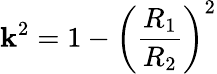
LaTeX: \mathbf{k}^{2}=1-\bigg(\frac{{R_{1}}}{{R_{2}}}\bigg)^{2}